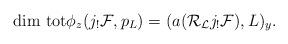
LaTeX: \begin{align*}{\rm dim\ tot}\phi_z(j_!{\cal F},p_L)=(a({\cal R}_{\cal L}j_!{\cal F}),L)_y.\end{align*}